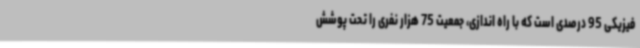
فیزیکی 95 درصدی است که با راه اندازی، جمعیت 75 هزار نفری را تحت پوشش